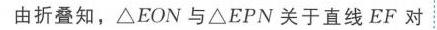
由折叠知，\(\triangle EON\) 与 \(\triangle EPN\) 关于直线 \(EF\) 对